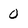
Character: 0